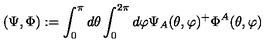
( \Psi , \Phi ) : = \int _ { 0 } ^ { \pi } d \theta \int _ { 0 } ^ { 2 \pi } d \varphi \Psi _ { A } ( \theta , \varphi ) ^ { + } \Phi ^ { A } ( \theta , \varphi )